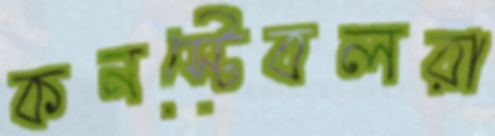
কনস্টেবলরা